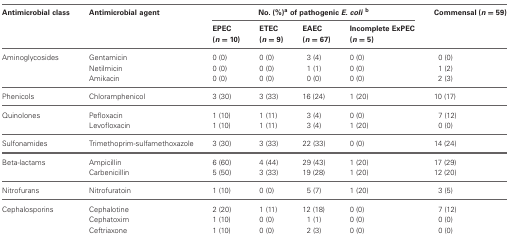
<table><thead><tr><td><b>Antimicrobial class</b></td><td><b>Antimicrobial agent</b></td><td colspan="4"><b>No. (%)<sup>a</sup> of pathogenic <i>E. coli</i><sup>b</sup></b></td><td><b>Commensal (<i>n</i> = 59)</b></td></tr><tr><td></td><td></td><td><b>EPEC (<i>n</i> = 10)</b></td><td><b>ETEC (<i>n</i> = 9)</b></td><td><b>EAEC (<i>n</i> = 67)</b></td><td><b>Incomplete ExPEC (<i>n</i> = 5)</b></td><td></td></tr></thead><tbody><tr><td>Aminoglycosides</td><td>Gentamicin</td><td>0 (0)</td><td>0 (0)</td><td>3 (4)</td><td>0 (0)</td><td>0 (0)</td></tr><tr><td></td><td>Netilmicin</td><td>0 (0)</td><td>0 (0)</td><td>1 (1)</td><td>0 (0)</td><td>1 (2)</td></tr><tr><td></td><td>Amikacin</td><td>0 (0)</td><td>0 (0)</td><td>0 (0)</td><td>0 (0)</td><td>2 (3)</td></tr><tr><td>Phenicols</td><td>Chloramphenicol</td><td>3 (30)</td><td>3 (33)</td><td>16 (24)</td><td>1 (20)</td><td>10 (17)</td></tr><tr><td>Quinolones</td><td>Pefloxacin</td><td>1 (10)</td><td>1 (11)</td><td>3 (4)</td><td>0 (0)</td><td>7 (12)</td></tr><tr><td></td><td>Levofloxacin</td><td>1 (10)</td><td>1 (11)</td><td>3 (4)</td><td>1 (20)</td><td>0 (0)</td></tr><tr><td>Sulfonamides</td><td>Trimethoprim-sulfamethoxazole</td><td>3 (30)</td><td>3 (33)</td><td>22 (33)</td><td>0 (0)</td><td>14 (24)</td></tr><tr><td>Beta-lactams</td><td>Ampicillin</td><td>6 (60)</td><td>4 (44)</td><td>29 (43)</td><td>1 (20)</td><td>17 (29)</td></tr><tr><td></td><td>Carbenicillin</td><td>5 (50)</td><td>3 (33)</td><td>19 (28)</td><td>1 (20)</td><td>12 (20)</td></tr><tr><td>Nitrofurans</td><td>Nitrofuratoin</td><td>1 (10)</td><td>0 (0)</td><td>5 (7)</td><td>1 (20)</td><td>3 (5)</td></tr><tr><td>Cephalosporins</td><td>Cephalotine</td><td>2 (20)</td><td>1 (11)</td><td>12 (18)</td><td>0 (0)</td><td>7 (12)</td></tr><tr><td></td><td>Cephatoxim</td><td>1 (10)</td><td>0 (0)</td><td>1 (1)</td><td>0 (0)</td><td>0 (0)</td></tr><tr><td></td><td>Ceftriaxone</td><td>1 (10)</td><td>0 (0)</td><td>2 (3)</td><td>0 (0)</td><td>0 (0)</td></tr></tbody></table>